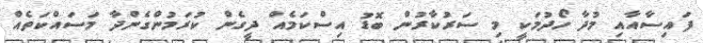
ފައިސާއާއި މުދާ ހޯދުމަކީ މި ސަރުކާރުން ބޮޑު އިސްކަމެއް ދީގެން ކުރަމުންގެންދާ މަސައްކަތެއް